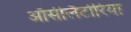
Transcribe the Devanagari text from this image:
ऑसीलैटोरिया